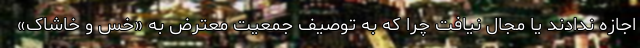
اجازه ندادند یا مجال نیافت چرا که به توصیف جمعیت معترض به «خس و خاشاک»